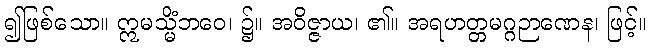
၍ဖြစ်သော။ ဣမသ္မိံဘဝေ၊ ၌။ အဝိဇ္ဇာယ၊ ၏။ အရဟတ္တမဂ္ဂဉာဏေန၊ ဖြင့်။